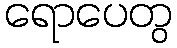
ရောပေတွ